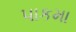
પાકમા